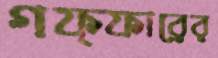
গফ্ফারের